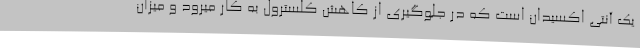
یک آنتی اکسیدان است که در جلوگیری از کاهش کلسترول به کار میرود و میزان